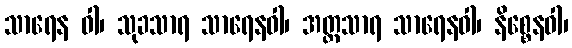
သာရေန ဝါ၊ သုခသာရ သာရေနဝါ၊ အတ္တသာရ သာရေနဝါ၊ နိစ္စေနဝါ၊